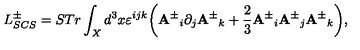
L _ { S C S } ^ { \pm } = S T r \int _ { X } d ^ { 3 } x \varepsilon ^ { i j k } \bigg ( { { \bf A } ^ { \pm } } _ { i } \partial _ { j } { { \bf A } ^ { \pm } } _ { k } + \frac { 2 } { 3 } { { \bf A } ^ { \pm } } _ { i } { { \bf A } ^ { \pm } } _ { j } { { \bf A } ^ { \pm } } _ { k } \bigg ) ,